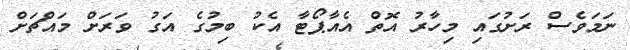
ނަމަވެސް ރަށުގައި މިހާރު އޮތް އެއާޕޯޓާ އެކު ބިމުގެ އަގު ވަރަށް މައްޗަށް